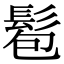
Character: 髱